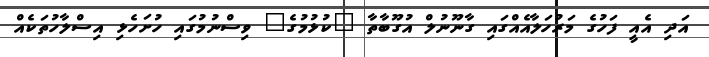
އަދި އެއީ ފަހުގެ މަރުހަލާއެއްގައި ގާނޫނުލް އުގޫބާތާ "ކުޅުމުގެ" ވިސްނުމުގައި ހުށަހެޅި އިސްލާހުތަކެއް